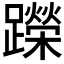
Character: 𬧘